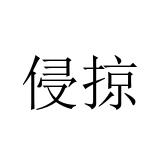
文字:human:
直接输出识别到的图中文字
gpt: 侵掠